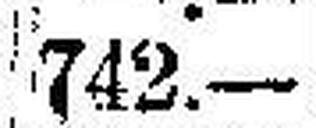
742.—